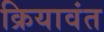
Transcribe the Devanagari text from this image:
क्रियावंत